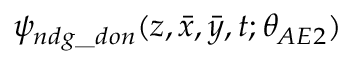
\psi _ { n d g \_ d o n } ( z , \bar { x } , \bar { y } , t ; \theta _ { A E 2 } )